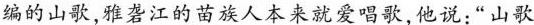
编的山歌,雅砻江的苗族人本来就爱唱歌,他说:“山歌